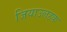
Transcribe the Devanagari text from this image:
जियाउलहक